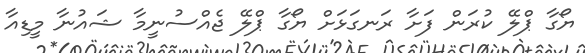
ޔޯގާ ޕްލޭ ކުރަން ފަށާ ރަނގަޅަށް ޔޯގާ ޕްލޭ ޖެއްސުނީމާ ޝައުނާ މީޑިއާ